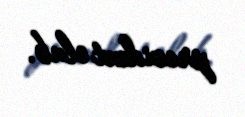
prezident olub.